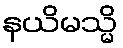
နယိမသ္မိ